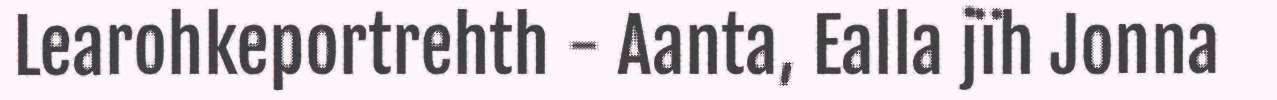
Learohkeportrehth - Aanta, Ealla jïh Jonna